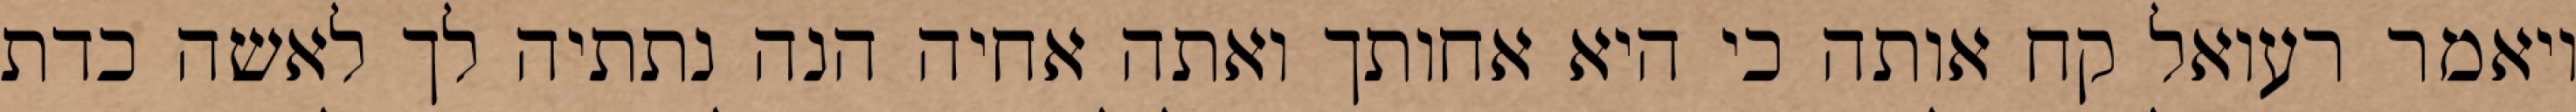
ויאמר רעואל קח אותה כי היא אחותך ואתה אחיה הנה נתתיה לך לאשה כדת